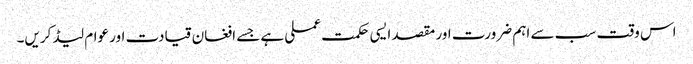
اس وقت سب سے اہم ضرورت اور مقصد ایسی حکمت عملی ہے جسے افغان قیادت اور عوام لیڈ کریں۔